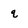
Character: q